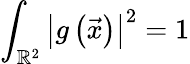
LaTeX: \int_{\mathbb{R}^{2}}\left|g\left(\vec{x}\right)\right|^{2}=1